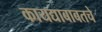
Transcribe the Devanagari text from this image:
कायद्याबाबतचे